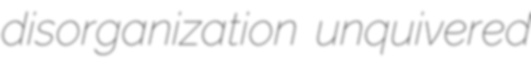
disorganization unquivered